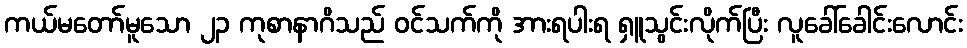
ကယ်မတော်မူသော ၂၃ ကုစာနာဂိသည် ဝင်သက်ကို အားရပါးရ ရှူသွင်းလိုက်ပြီး လူခေါ်ခေါင်းလောင်း